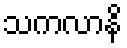
သကလာနိ